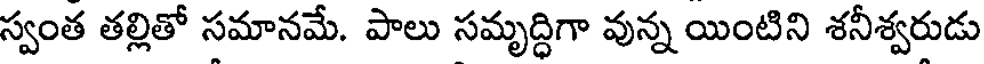
స్వంత తల్లితో సమానమే. పాలు సమృద్ధిగా వున్న యింటిని శనీశ్వరుడు